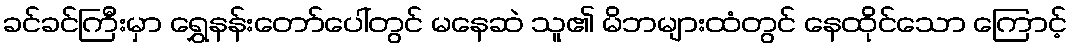
ခင်ခင်ကြီးမှာ ရွှေနန်းတော်ပေါ်တွင် မနေဆဲ သူ၏ မိဘများထံတွင် နေထိုင်သော ကြောင့်